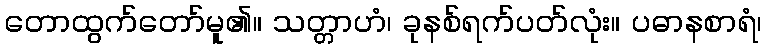
တောထွက်တော်မူ၏။ သတ္တာဟံ၊ ခုနစ်ရက်ပတ်လုံး။ ပဓာနစာရံ၊